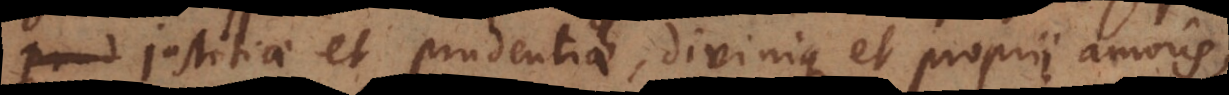
justitiae et prudentiae, divinique et proprii amoris,